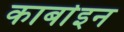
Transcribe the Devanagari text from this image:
कार्बाइन